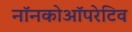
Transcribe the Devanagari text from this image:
नॉनकोऑपरेटिव